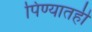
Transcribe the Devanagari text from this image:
पिण्यातही